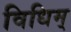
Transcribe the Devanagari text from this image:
विधिम्